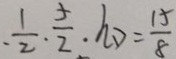
\cdot \frac { 1 } { 2 } \cdot \frac { 5 } { 2 } \cdot h D = \frac { 1 5 } { 8 }